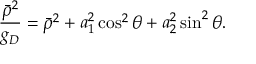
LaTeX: { \frac { \bar { \rho } ^ { 2 } } { g _ { D } } } = \bar { \rho } ^ { 2 } + a _ { 1 } ^ { 2 } \cos ^ { 2 } \theta + a _ { 2 } ^ { 2 } \sin ^ { 2 } \theta .